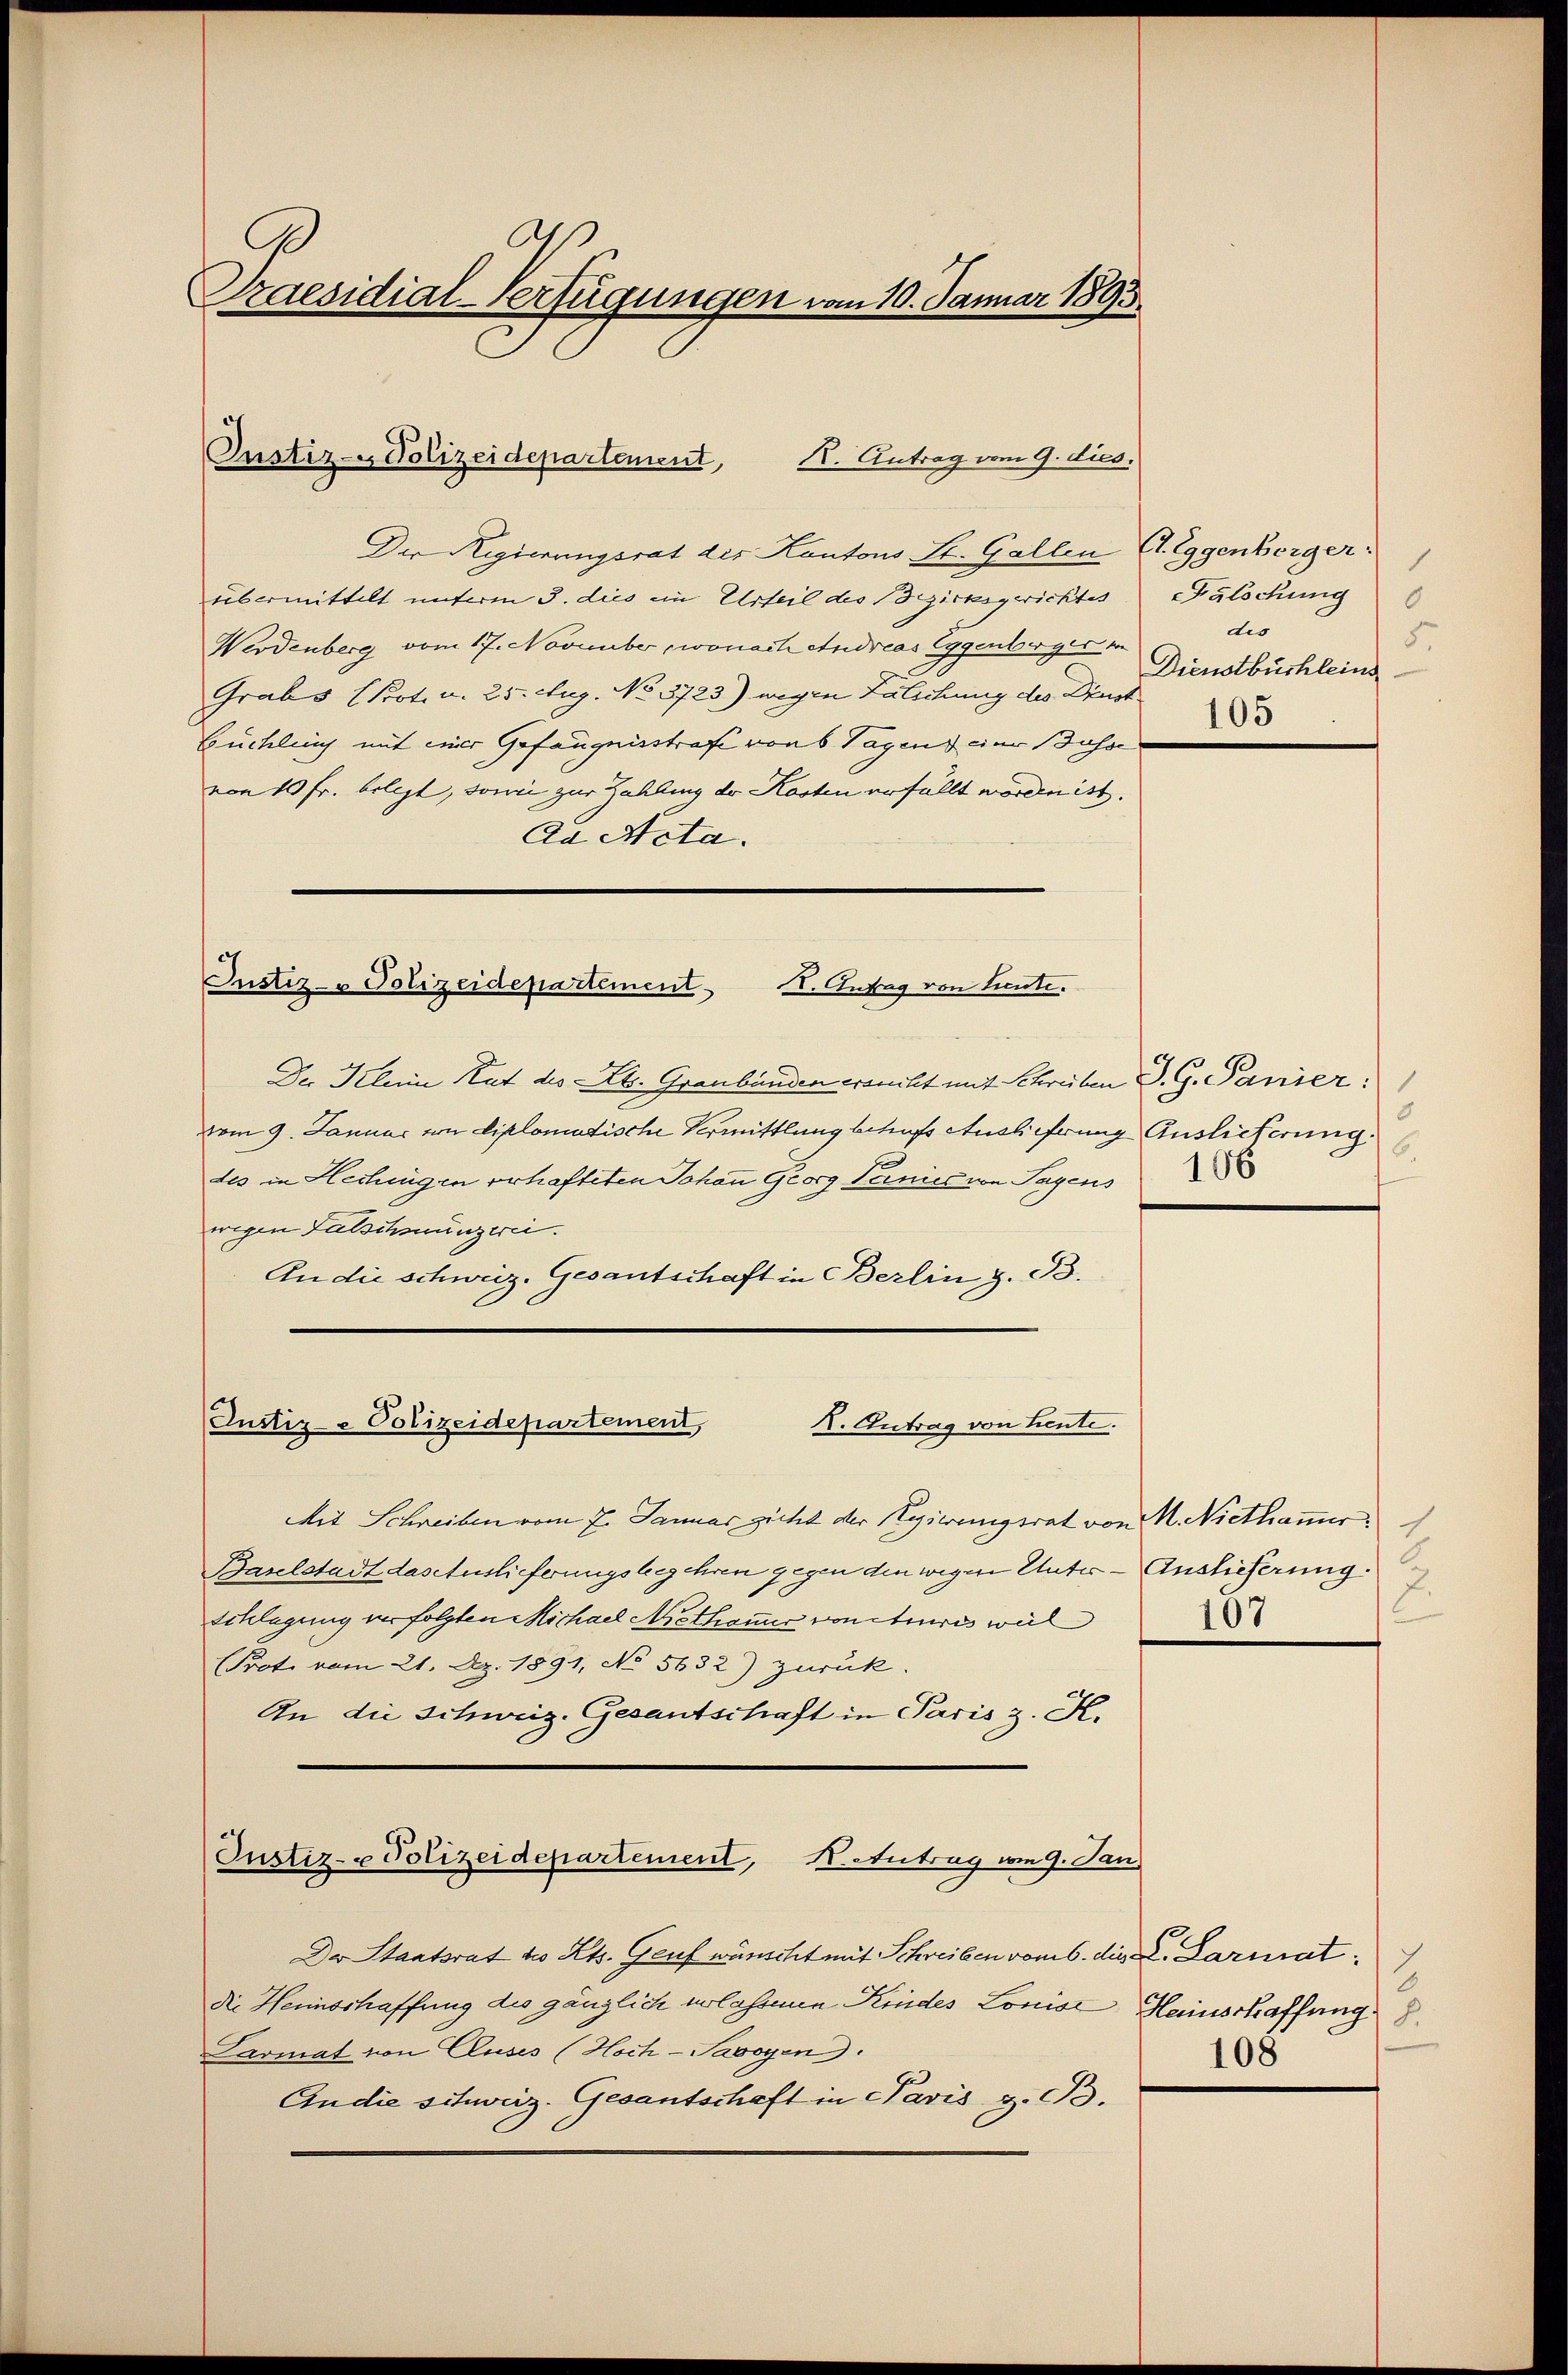
Praesidial-Verfügungen vom 10. Januar 1893

Instiz-Polizeidepartement, H. Antrag vom 9. dies.

Der Regierungsrat der Kantons St. Gallen A. Eggenberger
übermittelt unterm 3. dies ein Urteil des Bezirksgerichtes
Werdenberg vom 17. November, wonach Andreas Eggenberger in
Grabs (Prot. u. 25. Aug. No 3723) wegen Zälichung des Dinst
Büchlen mit einer Gefängnisstrafe von 6 Tagen eine Busse
von 10 Fr. belegt, sowie zur Zahlung der Kosten erfällt worden ist.
Ad Acta.

Justiz- u Polizeidepartement. I. Antrag von Lieute.

Justiz- & Polizeidepartement,
K. Antrag von heute.

Justiz- u Polizeidepartement, K. Antrag vom 9. Jan

Der Klein Hat des Ab. Graubünden ersucht mit Schreiben J. G. Panier:
vom 9. Januar von Diplomatische Vermittlung betreff Auslicherung Auslieferung.
des in Hechingen erhafteten Johann Georg Panier von Sagens
wegen Falschmunzerei.
An die schweiz. Gesantschaft in Berlin z. B.
Mit Schreiben vom 7. Januar zieht der Regierungsrat von M. Niethaner
Baselstadt das Auslieferungsbegehren gegen den wegen Unter¬
Schlagung verfolgten Michael Methonier von cteures weil
(Prote vom 21. Dez. 1891, No 5632) zurück.
An die Schweiz. Gesantschaft in Paris z. H.

Dr Staatsrat des Kts. Genf wünscht mit Schreiben vom 6. die L. Darnat
die Heimschaffung des gänzlich erlassene Kindes Louise Heinschaffung
Lasmat von Cluses (Hoch-Savoyen.
Ein die schweiz. Gesantschaft in Pavis z. B.

1
Falschung
dis
5.
Dienstbuchleins
105

6.

Auslieferung.
E
107

8
108